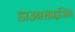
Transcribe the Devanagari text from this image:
डाउनसाइजिंग